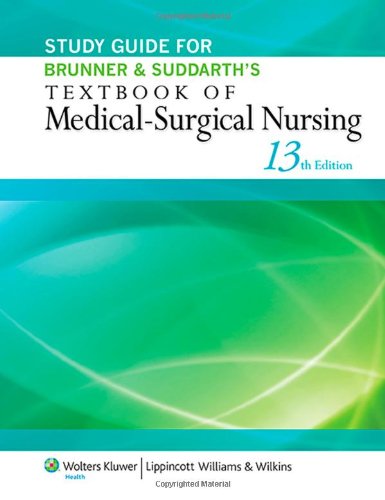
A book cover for Study Guide for Brunner & Suddarth's Textbook of Medical-Surgical Nursing; Janice L. Hinkle PhD  RN  CNRN; Medical Books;